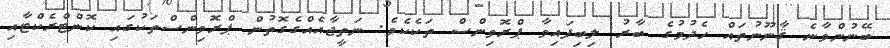
ބޭނުންވާނެ ޤާނޫނުތައް ހެދުމުގެ ބާރު ލިބިފައިވާ ޕްރޮވިންސް ތަކެކެވެ. ނަތީޖާއެއްގެގޮތުން ޕްރޮވިންސްތަކުގައި ކޮންޓްރެކްޓާއި